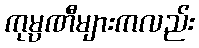
ကုမ္ပဏီများကလည်း